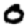
Digit: 0